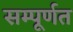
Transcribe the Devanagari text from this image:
सम्पूर्णत